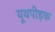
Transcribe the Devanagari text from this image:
यूथपीड़क